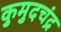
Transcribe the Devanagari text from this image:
कुमुदचंद्र